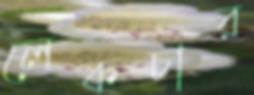
লেকচার